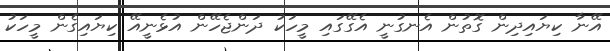
އޭނާ ކިޔައިދިން ގޮތުން އެނގުނީ އެގޭގައި މީހަކު ދަންޖެހޭން އުޅެނީއޭ ކިޔައިގެން މީހަކު